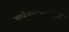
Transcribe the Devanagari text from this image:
सर्वकल्याणदृष्टी